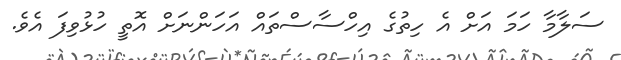
ސަލާމާ ހަމަ އަށް އެ ހިތުގެ އިހްސާސްތައް އަހަންނަށް އޮތީ ހުޅުވިފަ އެވެ.